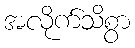
အလိုက်သိစွာ